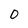
Character: 0